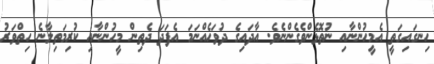
ހިނގައިގަތީ އެމީހުންނާއި ނުތޮޅެންވެގެންނެވެ. އާދައިގެ ދުވަހެއްނަމަ އެފަދަ ދެތިން މީހުންނާއި ކުރިމަތިލާނެ ހިތްވަރު